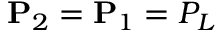
\mathbf { P } _ { 2 } = \mathbf { P } _ { 1 } = P _ { L }